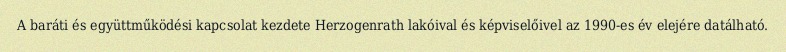
A baráti és együttműködési kapcsolat kezdete Herzogenrath lakóival és képviselőivel az 1990-es év elejére datálható.